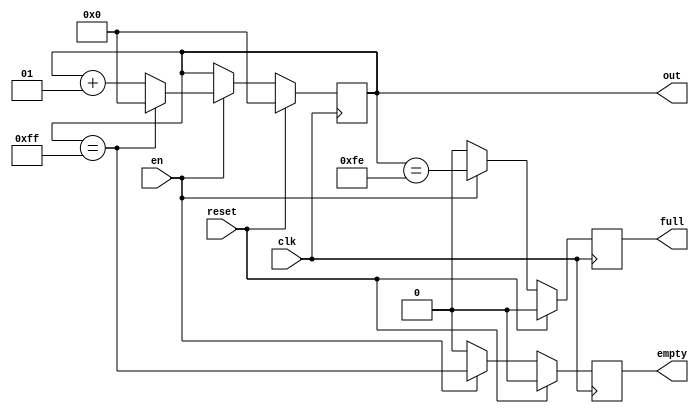
module range_counter(
    /*  input */ clk, reset, en,
    /* output */ out, empty, full
  );

  parameter integer MIN = 0;
  parameter integer MAX = 255;
  parameter integer INC = 1;    // increment (per enabled cycle)

  input clk, reset, en;
  output integer out;
  output reg empty; // true for at most one cycle
  output reg full; // true for at most one cycle

  always @(posedge clk)
    if (reset) begin
      out <= MIN;
      full <= 0;
      empty <= 0;
    end else if (en) begin
      full  <= (out == MAX - INC);
      empty <= (out == MAX);
      out   <= (out == MAX) ? MIN : out + INC;
    end else begin
      // not reset, and not enabled, so leave `out` alone
      full <= 0;
      empty <= 0;
    end

endmodule